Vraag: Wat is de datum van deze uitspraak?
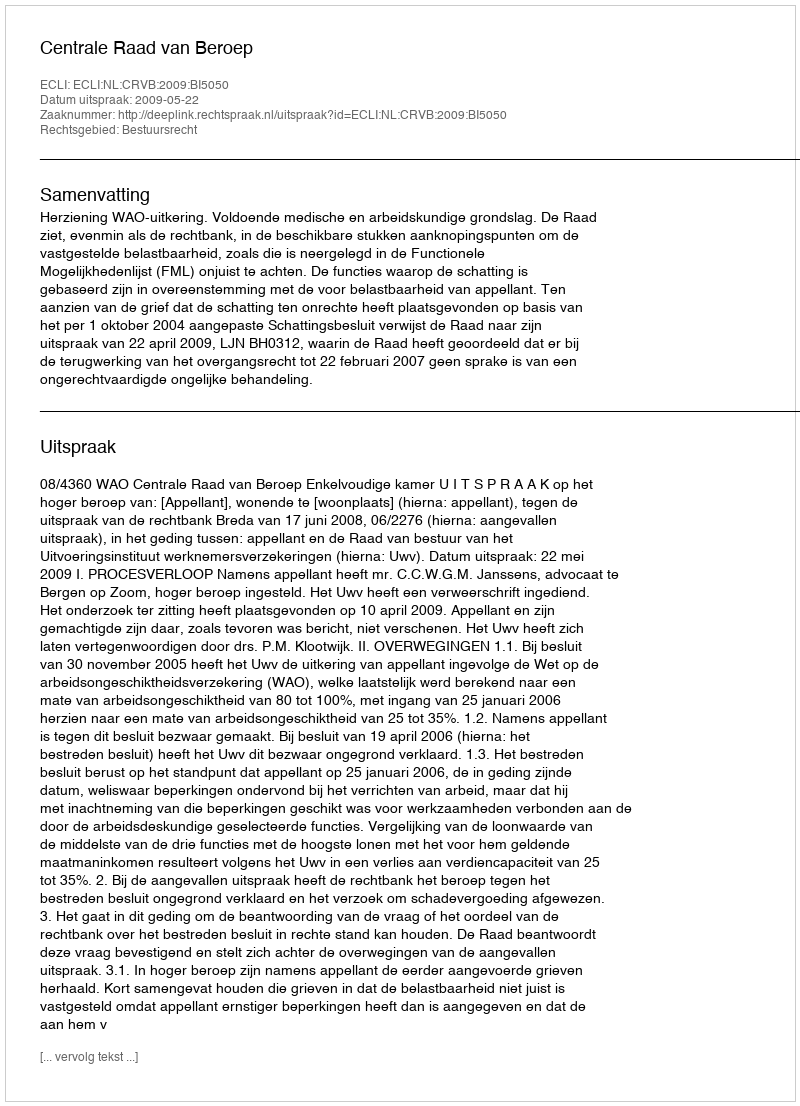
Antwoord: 2009-05-22